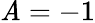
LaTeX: \mathit{A}=-1